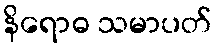
နိရောဓ သမာပတ်